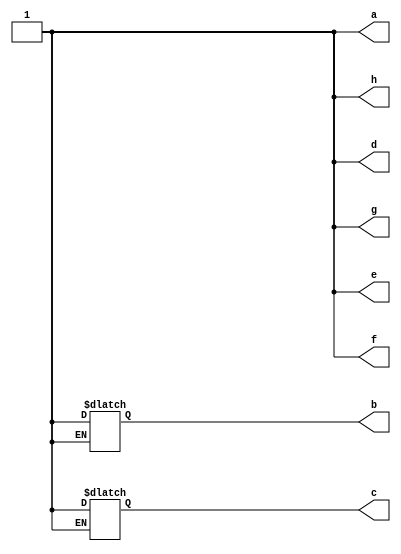
// Note: case_expr_{,non_}const.v should be modified in tandem to ensure both
// the constant and non-constant case evaluation logic is covered
module case_expr_non_const_top(
	// expected to output all 1s
    output reg a, b, c, d, e, f, g, h
);
    reg x_1b0 = 1'b0;
    reg x_1b1 = 1'b1;
    reg signed x_1sb0 = 1'sb0;
    reg signed x_1sb1 = 1'sb1;
    reg [1:0] x_2b0 = 2'b0;
    reg [1:0] x_2b11 = 2'b11;
    reg signed [1:0] x_2sb01 = 2'sb01;
    reg signed [1:0] x_2sb11 = 2'sb11;
    reg [2:0] x_3b0 = 3'b0;

    initial begin
        case (x_2b0)
            x_1b0:   a = 1;
            default: a = 0;
        endcase
        case (x_2sb11)
            x_2sb01: b = 0;
            x_1sb1:  b = 1;
        endcase
        case (x_2sb11)
            x_1sb0:  c = 0;
            x_1sb1:  c = 1;
        endcase
        case (x_2sb11)
            x_1b0:   d = 0;
            x_1sb1:  d = 0;
            default: d = 1;
        endcase
        case (x_2b11)
            x_1sb0:  e = 0;
            x_1sb1:  e = 0;
            default: e = 1;
        endcase
        case (x_1sb1)
            x_1sb0:  f = 0;
            x_2sb11: f = 1;
            default: f = 0;
        endcase
        case (x_1sb1)
            x_1sb0:  g = 0;
            x_3b0:   g = 0;
            x_2sb11: g = 0;
            default: g = 1;
        endcase
        case (x_1sb1)
            x_1sb0:  h = 0;
            x_1b1:   h = 1;
            x_3b0:   h = 0;
            x_2sb11: h = 0;
            default: h = 0;
        endcase
    end
endmodule